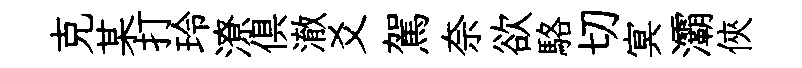
克某打玲潦俱澈爻駕奈欲駱切㝠灞俠